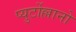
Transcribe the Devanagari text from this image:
प्युर्टोल्लानो